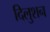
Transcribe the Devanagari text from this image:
दिलुशन